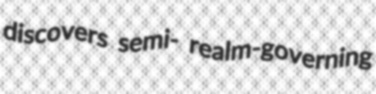
discovers semi- realm-governing